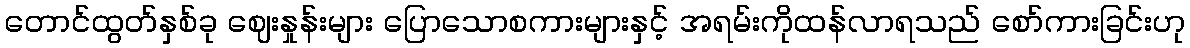
တောင်ထွတ်နှစ်ခု ဈေးနှုန်းများ ပြောသောစကားများနှင့် အရမ်းကိုထန်လာရသည် စော်ကားခြင်းဟု